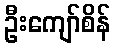
ဦးကျော်စိန်